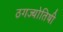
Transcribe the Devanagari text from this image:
ठगज्योतिषी